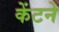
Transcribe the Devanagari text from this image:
केंटने